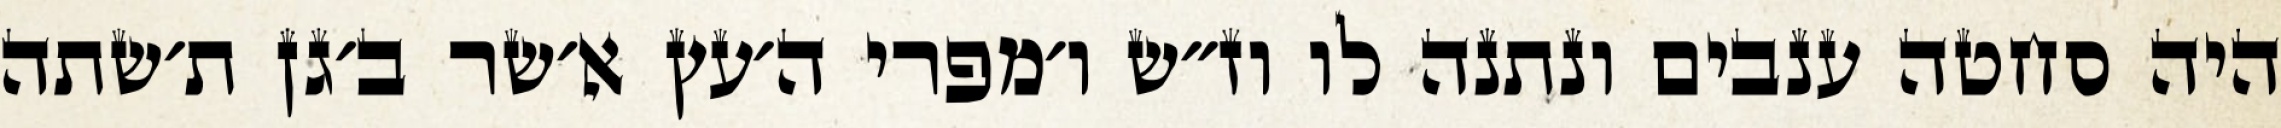
היה סחטה ענבים ונתנה לו וז״ש ו׳מפרי ה׳עץ א׳שר ב׳גן ת׳שתה